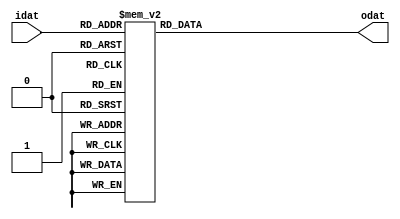
//======================================================================
//
// Design Name:    PRESENT Block Cipher
// Module Name:    PRESENT_ENCRYPT_SBOX
//
// Description:  Substitution Box (s-box) of Present Encryption
//
// Dependencies: none
//
// Language: Verilog 2001
// URL: https://github.com/saiedhk
//
// Copyright Notice: Free use of this library is permitted under the
// guidelines and in accordance with the MIT License (MIT).
// http://opensource.org/licenses/MIT
//
//======================================================================

`timescale 1ns/1ps

module PRESENT_ENCRYPT_SBOX (
   output reg [3:0] odat,
   input      [3:0] idat
);


always @(idat)
    case (idat)
        4'h0 : odat = 4'hC;
        4'h1 : odat = 4'h5;
        4'h2 : odat = 4'h6;
        4'h3 : odat = 4'hB;
        4'h4 : odat = 4'h9;
        4'h5 : odat = 4'h0;
        4'h6 : odat = 4'hA;
        4'h7 : odat = 4'hD;
        4'h8 : odat = 4'h3;
        4'h9 : odat = 4'hE;
        4'hA : odat = 4'hF;
        4'hB : odat = 4'h8;
        4'hC : odat = 4'h4;
        4'hD : odat = 4'h7;
        4'hE : odat = 4'h1;
        4'hF : odat = 4'h2;
    endcase

endmodule